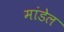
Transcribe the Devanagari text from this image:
मांडेल